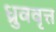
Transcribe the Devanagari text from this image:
ध्रुववृत्त